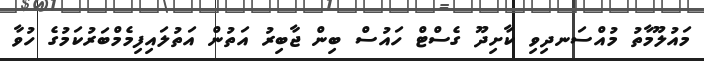
މައުލޫމާތު މުއްސަނދިވި ކާށިދޫ ގެސްޓް ހައުސް ބިން ޖާބިރު އަތުން އަތުލައިފިމެމްބަރުކަމުގެ ހުވާ